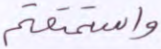
واستمتعتم